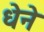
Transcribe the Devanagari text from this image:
धेने